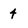
Character: 4